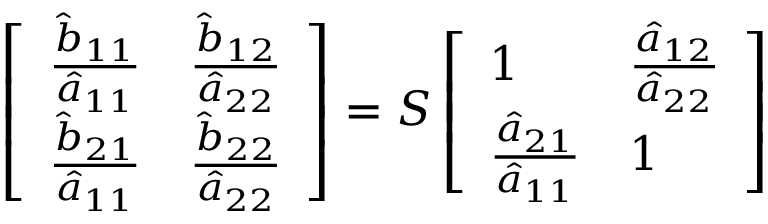
\left[ \begin{array} { l l } { \frac { \hat { b } _ { 1 1 } } { \hat { a } _ { 1 1 } } } & { \frac { \hat { b } _ { 1 2 } } { \hat { a } _ { 2 2 } } } \\ { \frac { \hat { b } _ { 2 1 } } { \hat { a } _ { 1 1 } } } & { \frac { \hat { b } _ { 2 2 } } { \hat { a } _ { 2 2 } } } \end{array} \right] = \boldsymbol { S } \left[ \begin{array} { l l } { 1 } & { \frac { \hat { a } _ { 1 2 } } { \hat { a } _ { 2 2 } } } \\ { \frac { \hat { a } _ { 2 1 } } { \hat { a } _ { 1 1 } } } & { 1 } \end{array} \right]